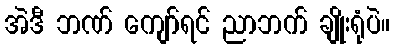
အဲဒီ ဘဏ် ကျော်ရင် ညာဘက် ချိုးရုံပဲ။